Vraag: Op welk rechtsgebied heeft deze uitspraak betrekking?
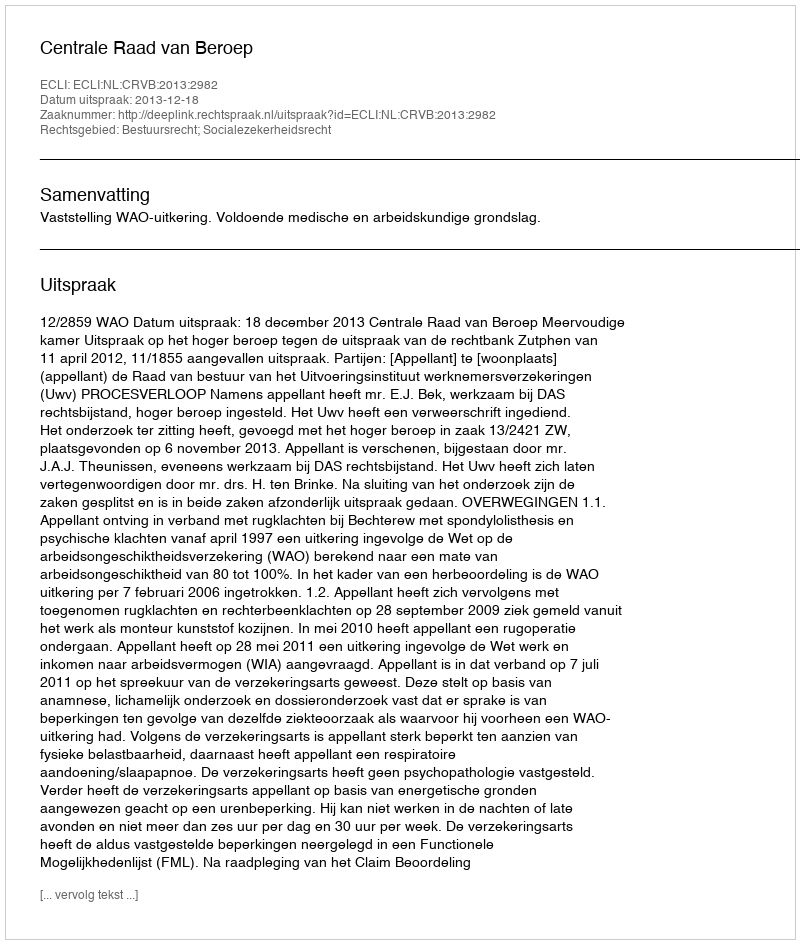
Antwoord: Bestuursrecht; Socialezekerheidsrecht